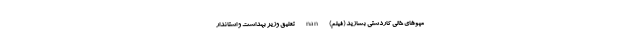
مپوهای خالی کاردستی بسازید (فیلم) nan تعلیق وزیر بهداشت و استاندار